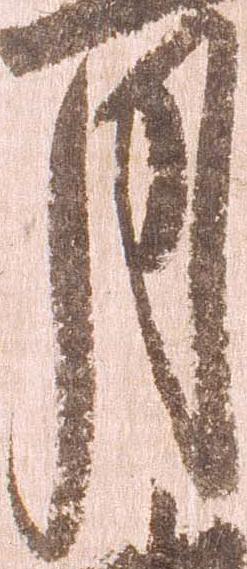
月